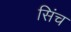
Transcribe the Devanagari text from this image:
सिंच